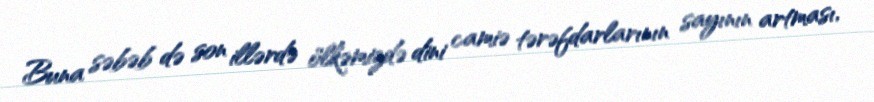
Buna səbəb də son illərdə ölkəmizdə dini camiə tərəfdarlarının sayının artması,